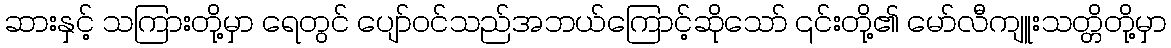
ဆားနှင့် သကြားတို့မှာ ရေတွင် ပျော်ဝင်သည်အဘယ်ကြောင့်ဆိုသော် ၎င်းတို့၏ မော်လီကျူးသတ္တိတို့မှာ